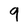
Character: 9